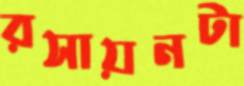
রসায়নটা